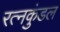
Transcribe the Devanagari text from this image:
रत्नकुंडल